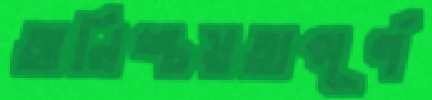
অনিশ্চয়তাপূর্ণ